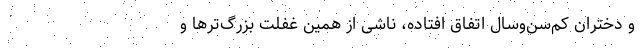
و دختران کم‌سن‌و‌سال اتفاق افتاده، ناشی از همین غفلت بزرگ‌تر‌ها و